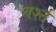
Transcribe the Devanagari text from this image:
वर्श्त